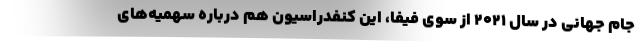
جام جهانی در سال ۲۰۲۱ از سوی فیفا، این کنفدراسیون هم درباره سهمیه‌های